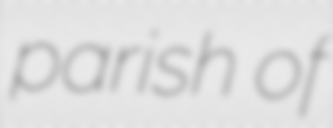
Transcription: parish of